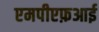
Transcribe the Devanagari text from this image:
एमपीएफ़आई